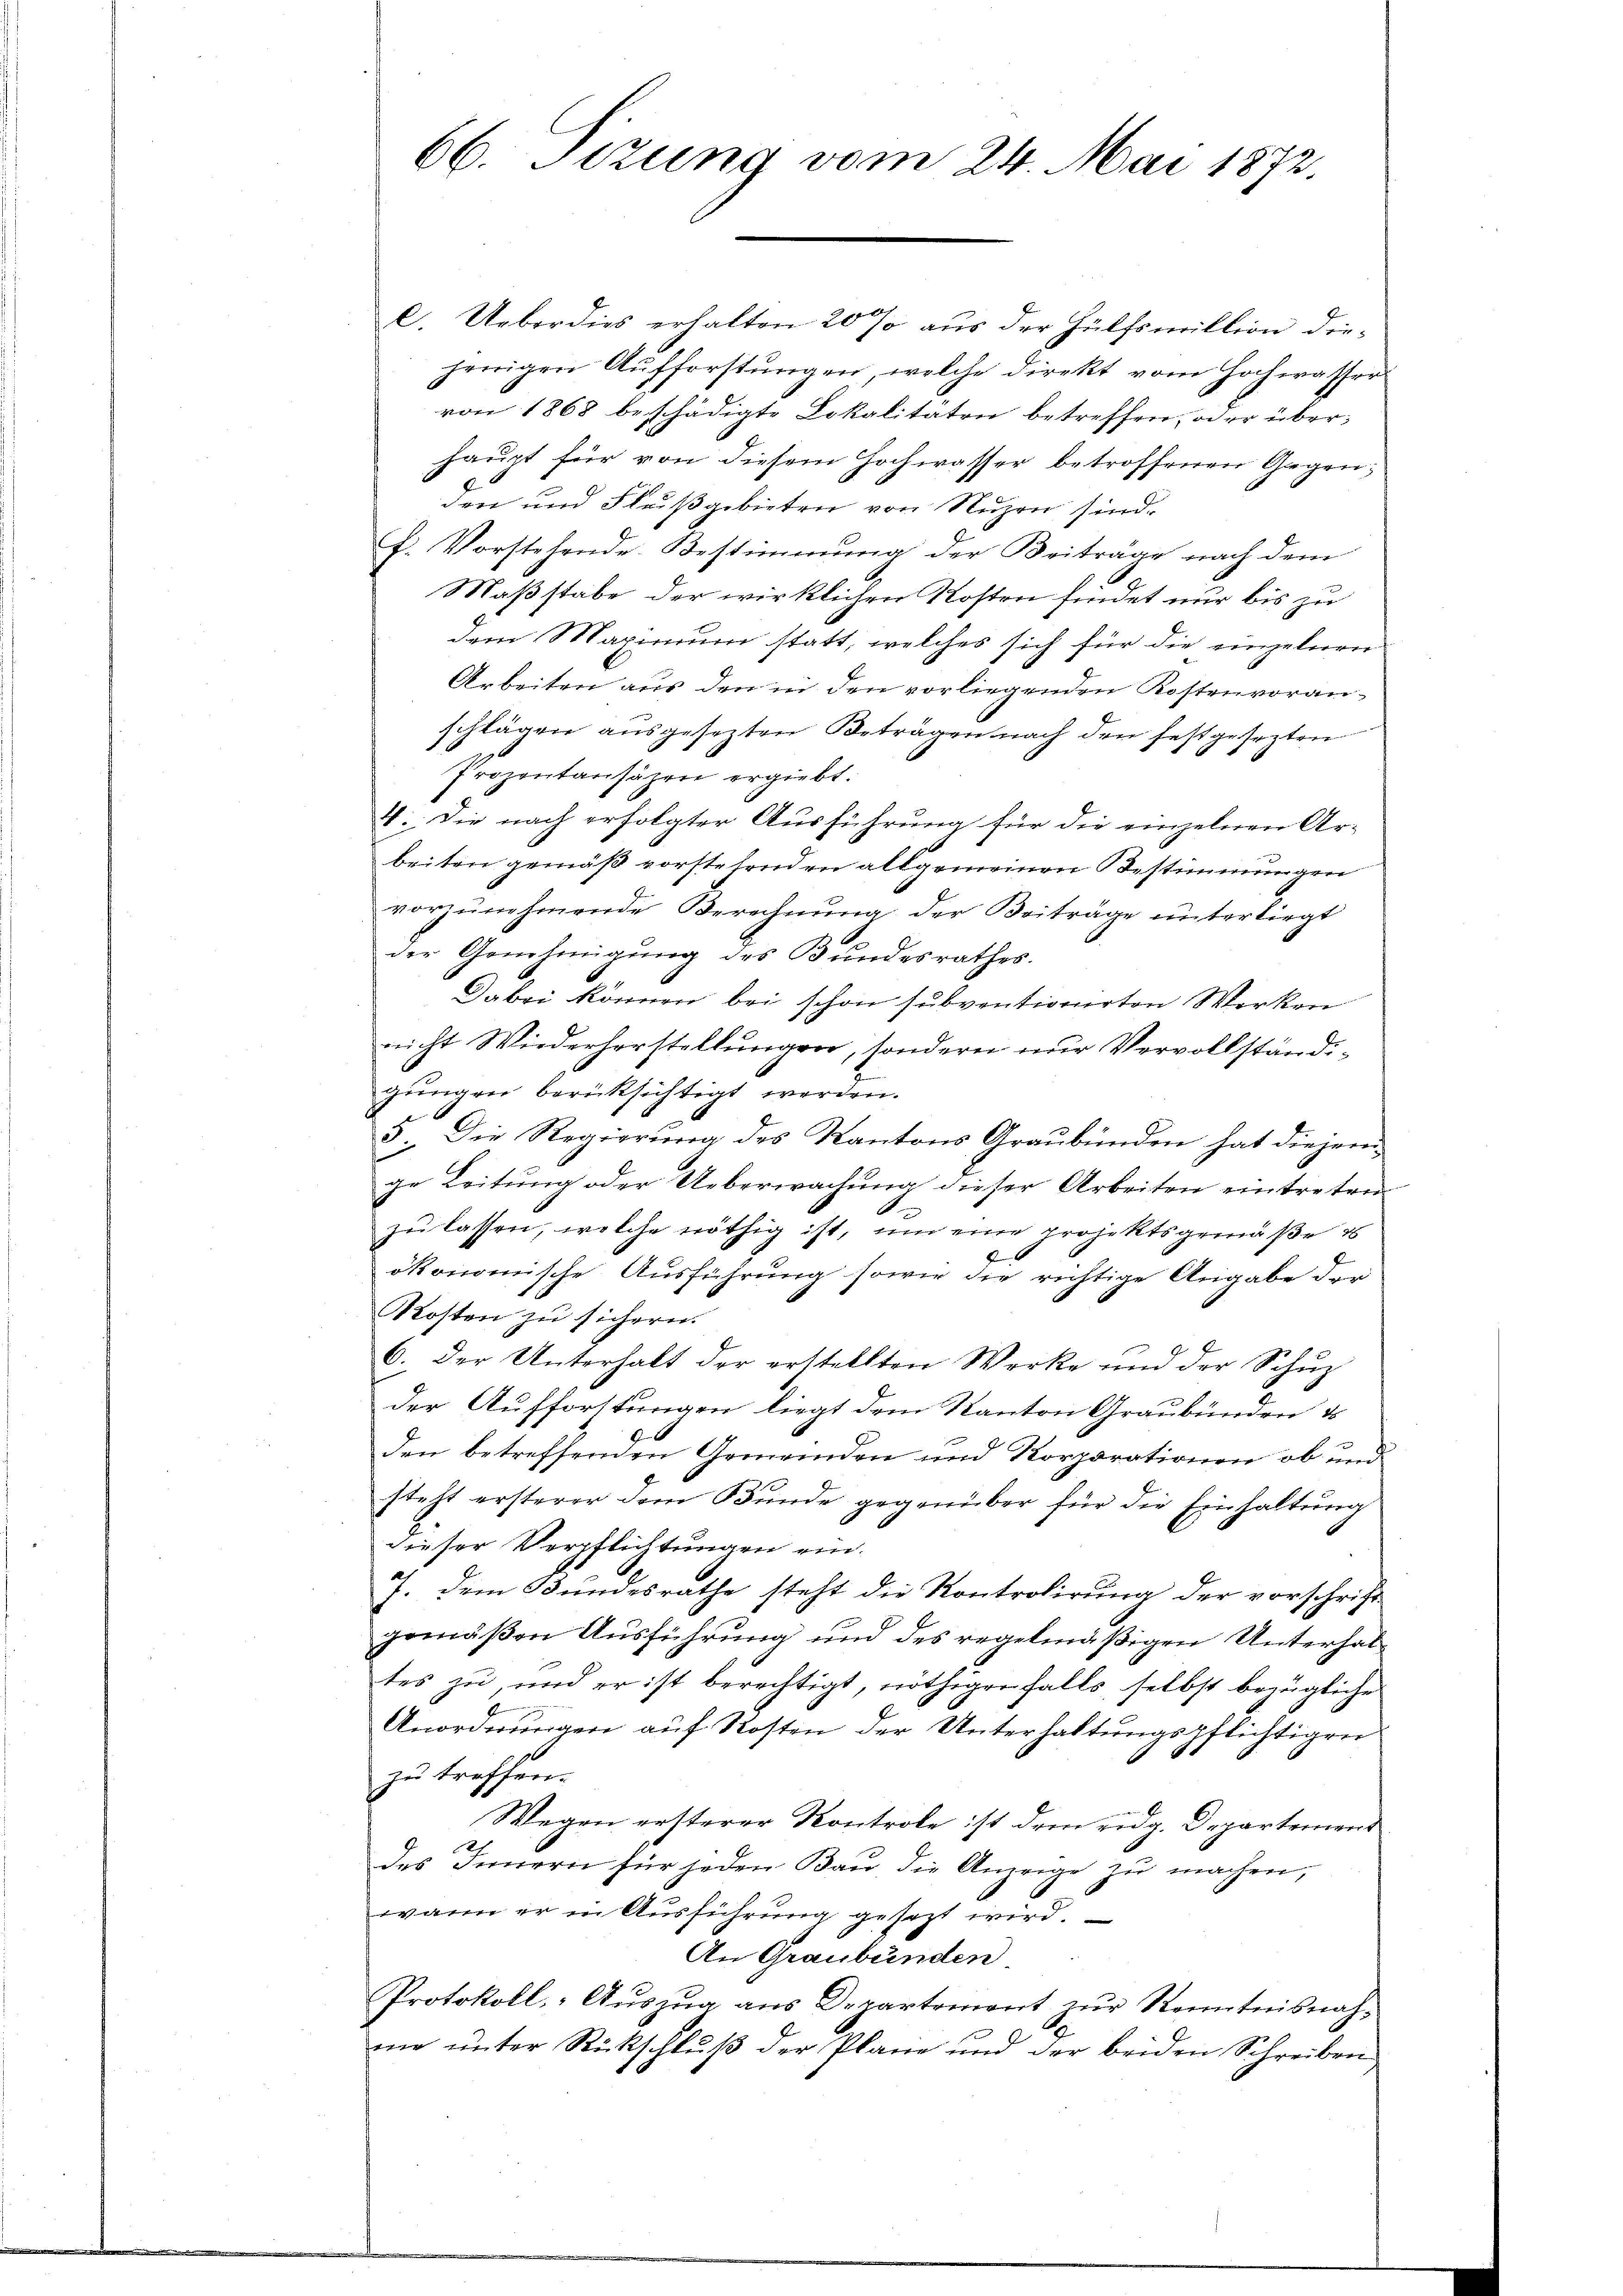
66. Stzung vom 24. Mai 1872.

ach
C. Ueberdies erhalten 20 so aus der Hülfsmillion dieherigen Aufforstungen, welche direkt vom Hochwasser
von 1868 beschädigte Lokalitäten betreffen, oder überhaupt für von diesem Hochwasser betroffenen Gegenden und Flußgebieten von Nuzen sind.
f. Vorstehende Bestimmung der Beiträge nach dem
Maßstabe der wirklichen Kosten findet nur bis zu
dem Maximum statt, welches sich für die einzelnen
Arbeiten aus den in den vorliegenden Kostenvoranschlägen ausgesezten Beträgen nach den festgesezten
Prozentansäzen ergiebt.
4. Die nach erfolgter Ausführung für die einzelnen Ar-
beiten gemäß vorstehenden allgemeinen Bestimmungen
vorzunehmende Berechnung der Beiträge unterliegt
der Genehmigung des Bundesrathes.
Dabei können bei schon subventionierten Werken
nicht Wiederhorstellungen, sondern nur Vervollständigungen berücksichtigt werden.
5 Die Regierŭng des Kantons Graubünden hat diejeni-
ge Leitung oder Ueberwachung dieser Arbeiten eintreten
zu lassen, welche nöthig ist, um eine projektsgemäße e
f
ökonomische Ausführung sowie die richtige Angabe der
Kosten zu sichern.
d
6. Der Unterhalt der erstellten Werke um der Schuz
der Aufforstungen liegt dem Kanton Graubünden d
den betreffenden Gemeinden und Korporationen ob und
steht ersterer dem Bunde gegenüber für die Einhaltung
dieser Verpflichtungen ein.
J. dem Bundesrathe steht die Kontrolirung der vorschrift
gemäßen Ausführung und des regelmäßigen Unterhaltes zu, und er ist berechtigt, nöthiger falls, selbst bezügliche
Anordnungen auf Kosten der Unterhaltungspflichtigen
zu treffen.
2
Wegen ersterer Kontrole ist dem eng. Departement
des Innern für jeden Bau die Anzeige zŭ machen,
wann er in Ausführung gesezt wird.
An Graubünden
Protokoll, Aŭszŭg ans Departement zŭr Kenntnisnah-
mo unter Rückschluß der Plane und der beiden Schreiben